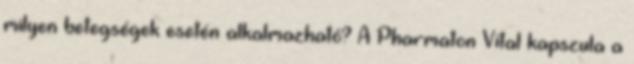
milyen betegségek esetén alkalmazható? A Pharmaton Vital kapszula a